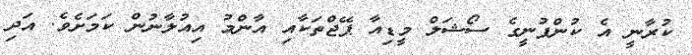
ކުރާނީ އެ ކުންފުނީގެ ސޯޝަލް މީޑިއާ ޕޭޖްތަކާއި އާންމު އިއުލާނުން ކަމަށެވެ. އަދި